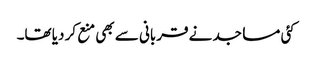
کئی مساجد نے قربانی سے بھی منع کر دیا تھا۔